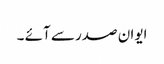
ایوان صدر سے آئے ۔